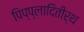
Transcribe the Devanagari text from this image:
पिप्प्लादितीर्थ